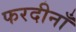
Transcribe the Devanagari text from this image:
फरदीनाँ